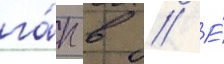
га́п в // Е́